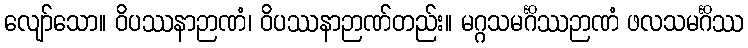
လျော်သော။ ဝိပဿနာဉာဏံ၊ ဝိပဿနာဉာဏ်တည်း။ မဂ္ဂသမင်္ဂိဿဉာဏံ ဖလသမင်္ဂိဿ